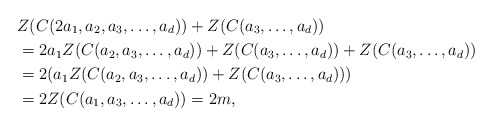
\begin{align*}& Z(C(2a_1,a_2,a_3,\ldots,a_d))+ Z(C(a_3,\ldots,a_d))\\&= 2a_1Z(C(a_2,a_3,\ldots,a_d))+ Z(C(a_3,\ldots,a_d))+ Z(C(a_3,\ldots,a_d))\\&= 2(a_1Z(C(a_2,a_3,\ldots,a_d))+ Z(C(a_3,\ldots,a_d)))\\&= 2Z(C(a_1,a_3,\ldots,a_d))=2m,\end{align*}